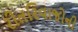
રીતરિવાજોની